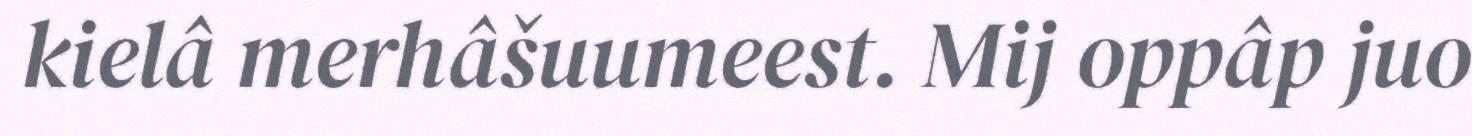
kielâ merhâšuumeest. Mij oppâp juo